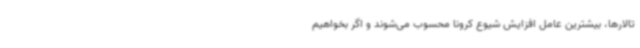
تالارها، بیشترین عامل افزایش شیوع کرونا محسوب می‌شوند و اگر بخواهیم